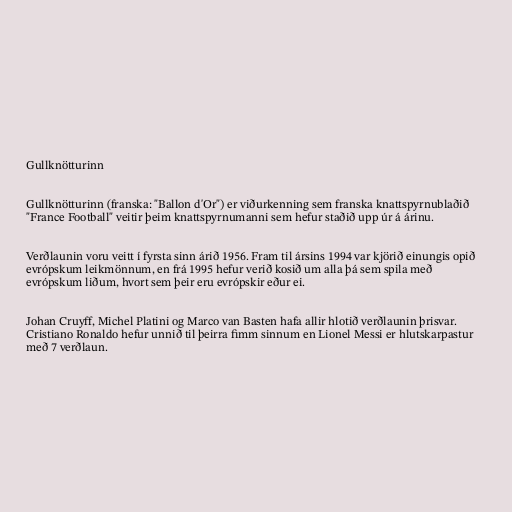
Gullknötturinn

Gullknötturinn (franska: "Ballon d'Or") er viðurkenning sem franska knattspyrnublaðið
"France Football" veitir þeim knattspyrnumanni sem hefur staðið upp úr á árinu.

Verðlaunin voru veitt í fyrsta sinn árið 1956. Fram til ársins 1994 var kjörið einungis opið
evrópskum leikmönnum, en frá 1995 hefur verið kosið um alla þá sem spila með
evrópskum liðum, hvort sem þeir eru evrópskir eður ei.

Johan Cruyff, Michel Platini og Marco van Basten hafa allir hlotið verðlaunin þrisvar.
Cristiano Ronaldo hefur unnið til þeirra fimm sinnum en Lionel Messi er hlutskarpastur
með 7 verðlaun.